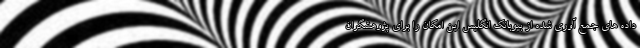
داده های جمع آوری شده از بیوبانک انگلیس این امکان را برای پژوهشگران